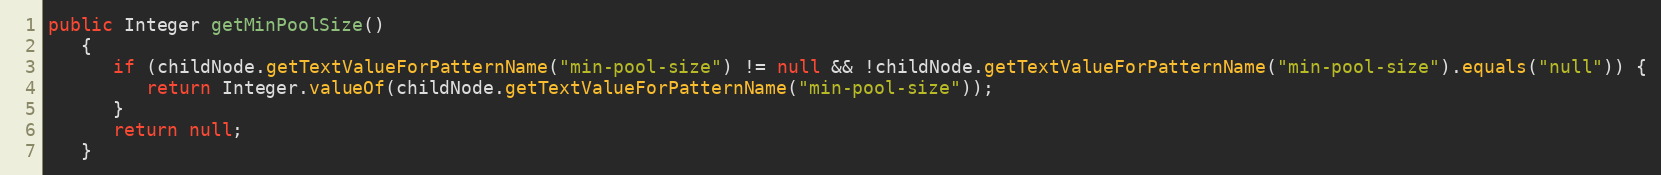
Language: Java
public Integer getMinPoolSize()
   {
      if (childNode.getTextValueForPatternName("min-pool-size") != null && !childNode.getTextValueForPatternName("min-pool-size").equals("null")) {
         return Integer.valueOf(childNode.getTextValueForPatternName("min-pool-size"));
      }
      return null;
   }